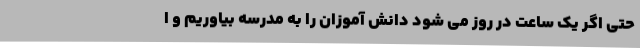
حتی اگر یک ساعت در روز می شود دانش آموزان را به مدرسه بیاوریم و ا